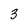
Character: 3